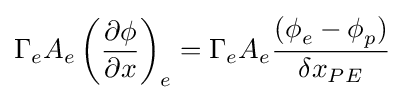
{{\Gamma {}}_{e}A_{e}\left({\frac {\partial {}\phi {}}{\partial {x}}}\right)}_{e}={\Gamma {}}_{e}A_{e}{\frac {({\phi {}}_{e}-{\phi {}}_{p})}{{\delta {}x}_{PE}}}